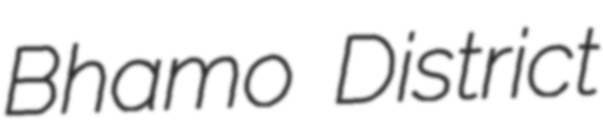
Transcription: Bhamo District